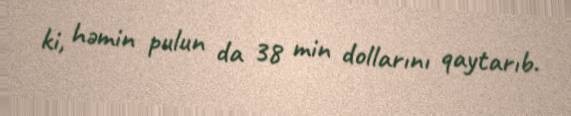
ki, həmin pulun da 38 min dollarını qaytarıb.